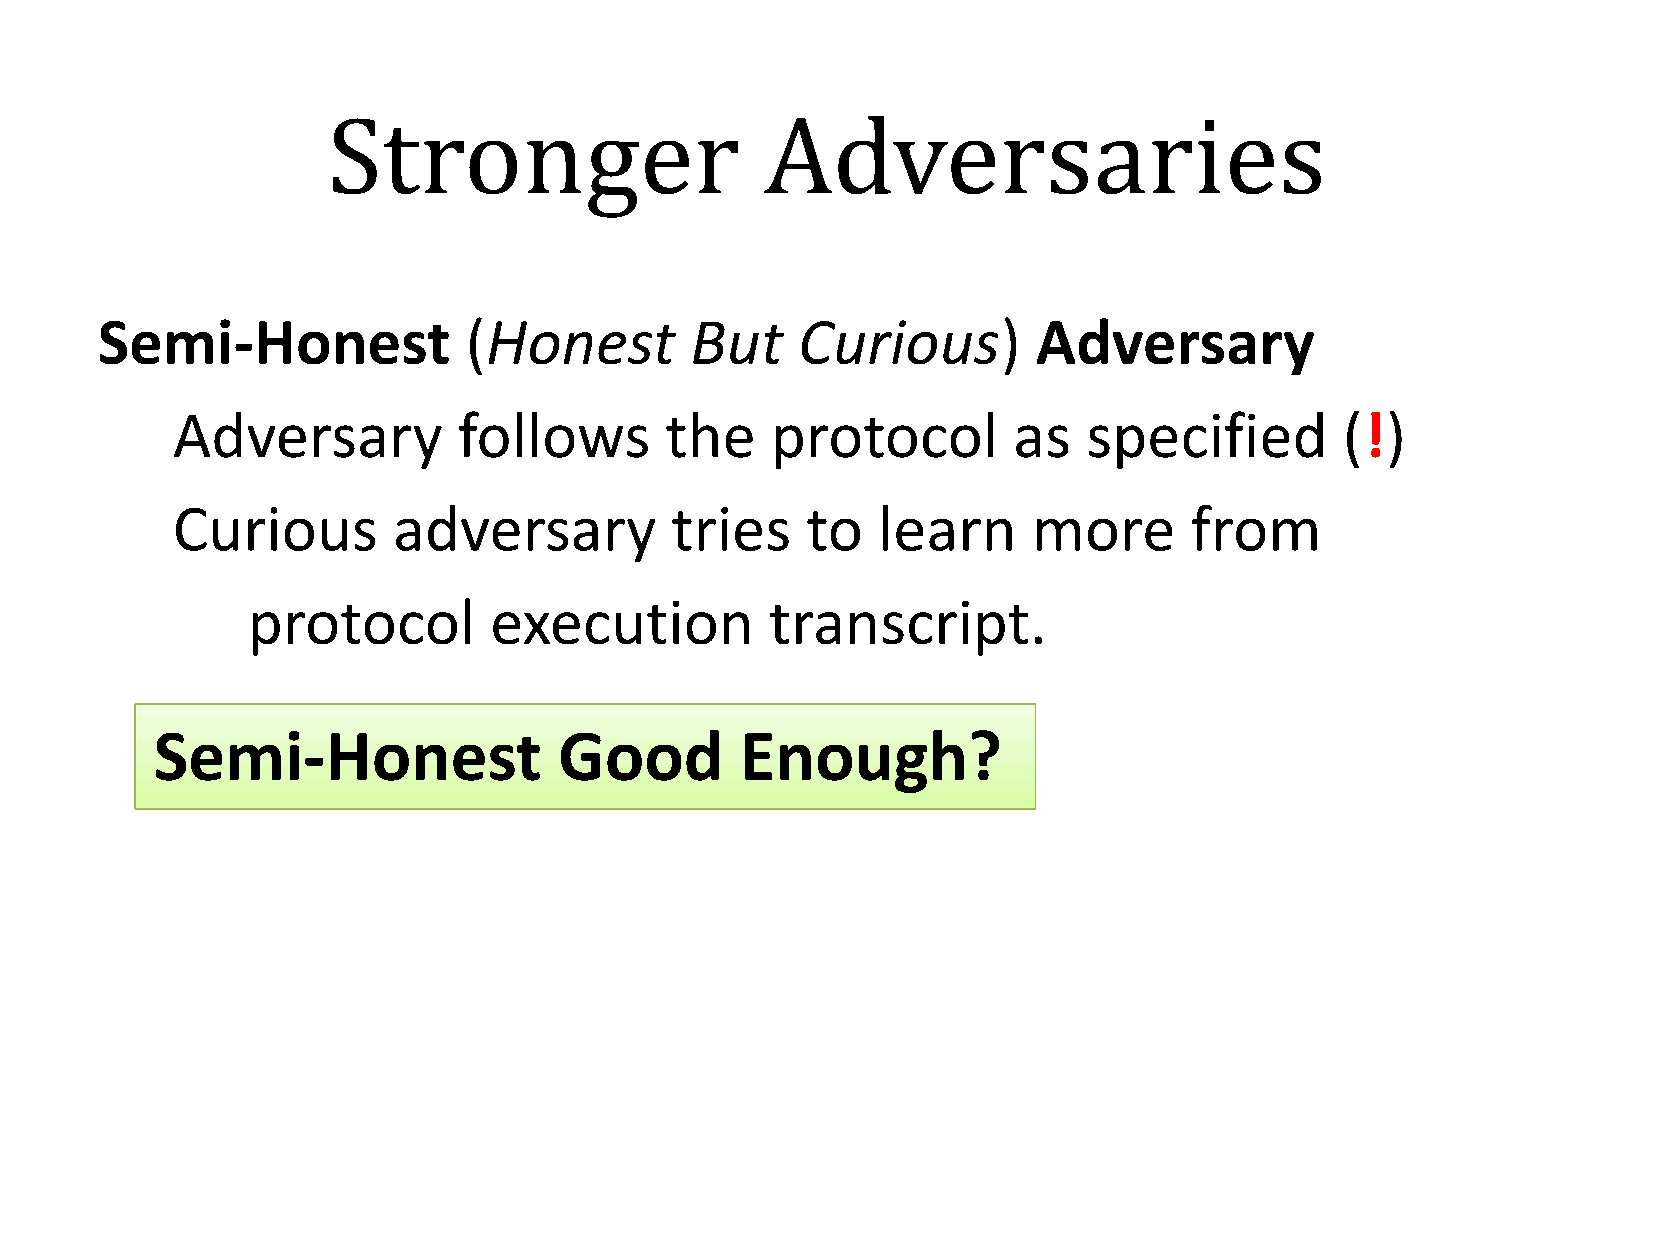
Stronger                     Adversaries
 Semi-Honest              (Honest        But    Curious)        Adversary
 Adversary          follows       the    protocol        as   specified        (!)
 Curious        adversary         tries    to   learn     more       from
 protocol        execution          transcript.
 Semi-Honest                Good        Enough?